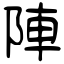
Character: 陣